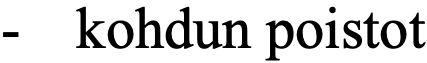
-  kohdun poistot